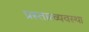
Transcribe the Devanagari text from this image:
प्रस्तारव्यवस्था